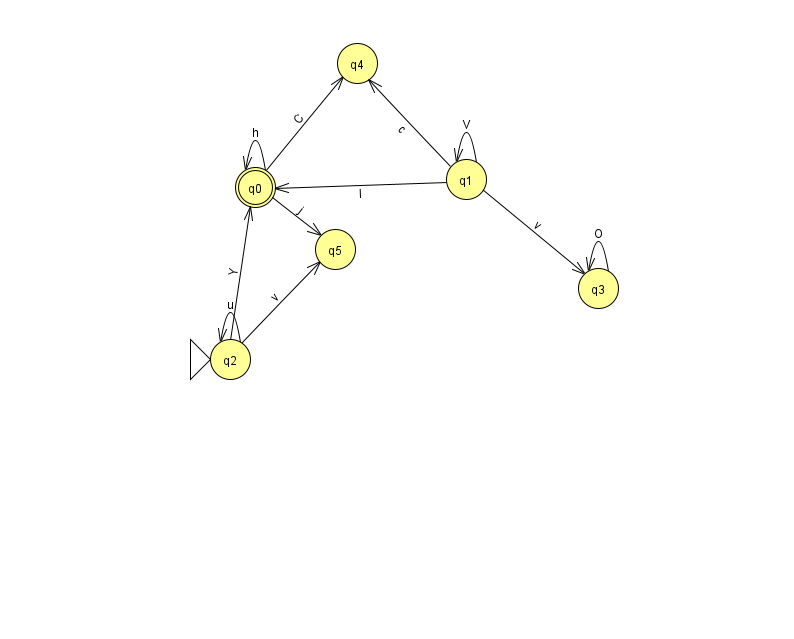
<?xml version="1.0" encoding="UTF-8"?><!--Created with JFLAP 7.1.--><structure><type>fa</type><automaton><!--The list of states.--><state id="0" name="q0"><x>255.0</x><y>174.0</y><final/></state><state id="1" name="q1"><x>466.0</x><y>166.0</y></state><state id="2" name="q2"><x>230.0</x><y>346.0</y><initial/></state><state id="3" name="q3"><x>598.0</x><y>275.0</y></state><state id="4" name="q4"><x>357.0</x><y>50.0</y></state><state id="5" name="q5"><x>335.0</x><y>236.0</y></state><!--The list of transitions.--><transition><from>1</from><to>0</to><read>I</read></transition><transition><from>0</from><to>5</to><read>j</read></transition><transition><from>2</from><to>2</to><read>u</read></transition><transition><from>1</from><to>1</to><read>V</read></transition><transition><from>0</from><to>4</to><read>C</read></transition><transition><from>0</from><to>0</to><read>h</read></transition><transition><from>2</from><to>5</to><read>v</read></transition><transition><from>1</from><to>3</to><read>v</read></transition><transition><from>2</from><to>0</to><read>Y</read></transition><transition><from>1</from><to>4</to><read>c</read></transition><transition><from>3</from><to>3</to><read>O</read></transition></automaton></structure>